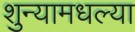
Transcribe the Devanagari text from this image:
शुन्यामधल्या